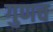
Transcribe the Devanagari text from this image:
गुणच